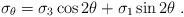
LaTeX: \begin{align*}\sigma_\theta=\sigma_3\cos 2\theta+\sigma_1\sin 2\theta~.\end{align*}